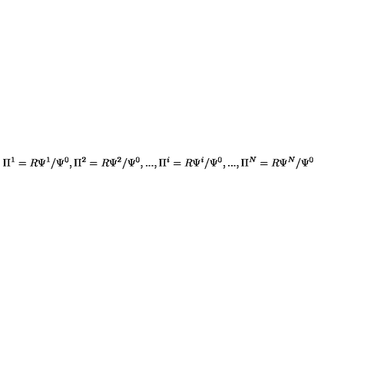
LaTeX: \Pi ^ { 1 } = R \Psi ^ { 1 } / \Psi ^ { 0 } , \Pi ^ { 2 } = R \Psi ^ { 2 } / \Psi ^ { 0 } , . . . , \Pi ^ { i } = R \Psi ^ { i } / \Psi ^ { 0 } , . . . , \Pi ^ { N } = R \Psi ^ { N } / \Psi ^ { 0 }